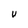
Character: U